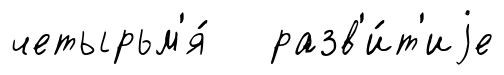
четырьм'я́ разв'и́т'иjе